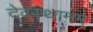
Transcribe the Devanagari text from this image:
देवस्थानम्